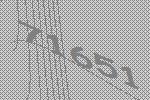
71651